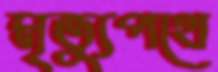
মৃত্যুপথে